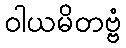
ဝါယမိတဗ္ဗံ